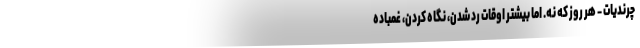
چرندیات - هر روز که نه. اما بیشتر اوقات رد شدن، نگاه کردن، غمباده